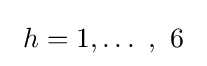
\ h=1,\ldots \ ,\ 6~